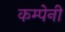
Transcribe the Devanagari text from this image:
कम्पेनी